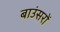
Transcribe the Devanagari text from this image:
बाउंसरों